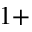
1 +